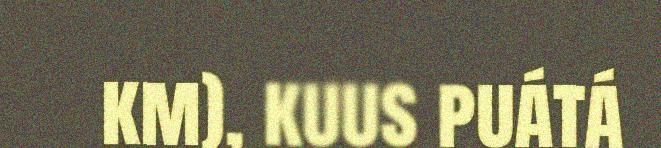
km), kuus puátá